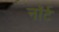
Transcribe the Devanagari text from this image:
नॉर्ट